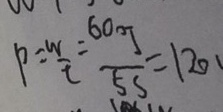
p = \frac { w } { t } = \frac { 6 0 \eta } { 5 s } = 1 2 0 1